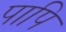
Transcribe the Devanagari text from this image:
पापि